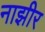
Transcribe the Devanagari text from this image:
नाझीर